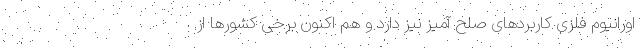
اورانیوم فلزی کاربردهای صلح آمیز نیز دارد و هم اکنون برخی کشورها از